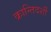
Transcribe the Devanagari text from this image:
क्रान्तिदर्शी